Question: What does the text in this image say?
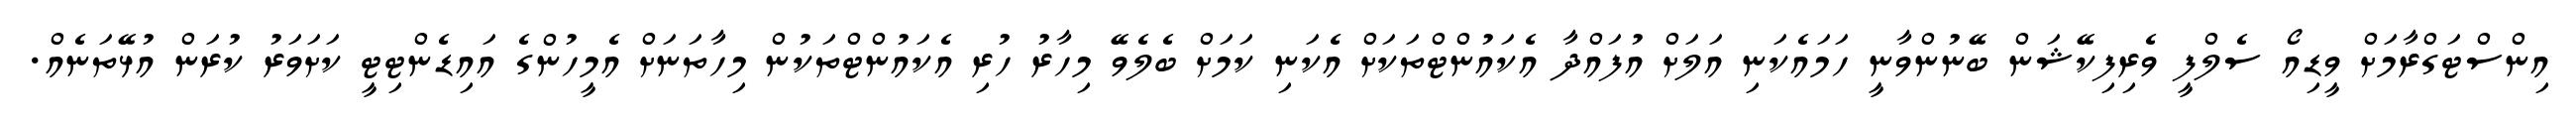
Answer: އިންސްޓަގްރާމަށް ވީޑިއޯ ސެލްފީ ވެރިފިކޭޝަން ބޭނުންވާނީ ހަމައެކަނި އަލަށް އުފައްދާ އެކައުންޓްތަކަށް އެކަނި ކަމަށް ބެލެވޭ މިހާރު ހުރި އެކައުންޓްތަކުން މިހާތަނަށް އެމީހުންގެ އައިޑެންޓިޓީ ކަށަވަރު ކުރަން އުޅޭތަނެއް.